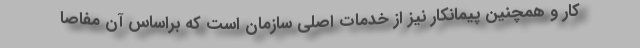
کار و همچنین پیمانکار نیز از خدمات اصلی سازمان است که براساس آن مفاصا